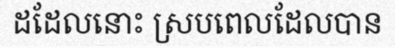
ដដែលនោះ ស្របពេលដែលបាន